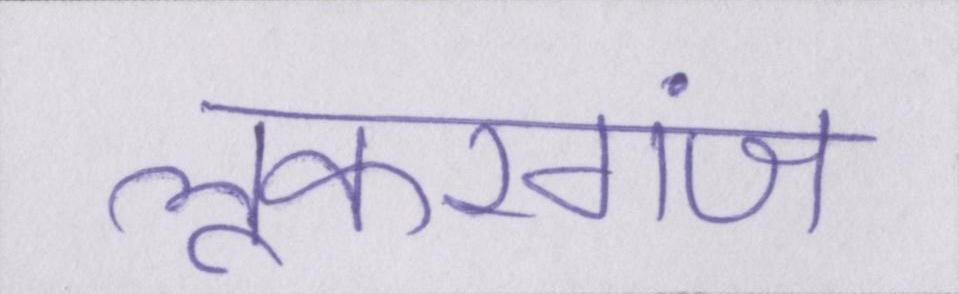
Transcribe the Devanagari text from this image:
लूकरगंज